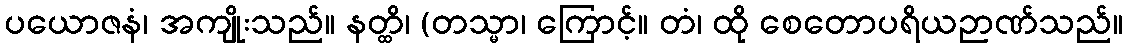
ပယောဇနံ၊ အကျိုးသည်။ နတ္ထိ၊ (တသ္မာ၊ ကြောင့်။ တံ၊ ထို စေတောပရိယဉာဏ်သည်။